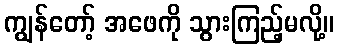
ကျွန်တော့် အဖေကို သွားကြည့်မလို့။